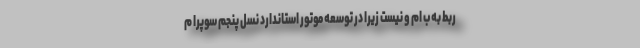
ربط به ب ام و نیست زیرا در توسعه موتور استاندارد نسل پنجم سوپرا م